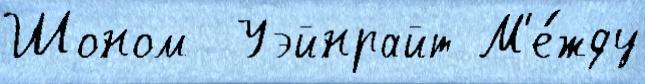
Шоном  Уэйнрайт М'е́жду